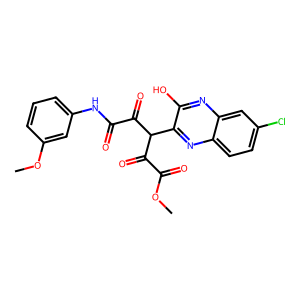
SMILES: COC(=O)C(=O)C(C(=O)C(=O)Nc1cccc(OC)c1)c1nc2ccc(Cl)cc2nc1O
Inhibits HIV replication: No